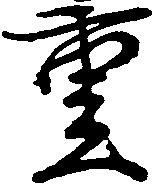
重